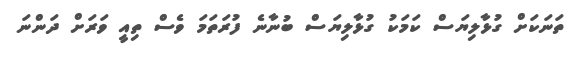
ތަނަކަށް ގުޅާލިޔަސް ކަމަކު ގުޅާލިޔަސް ބުނާނެ ފުރަތަމަ ވެސް ތިއީ ވަރަށް ދަންނަ